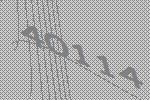
40114